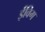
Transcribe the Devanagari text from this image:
ईविग